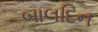
બાલદિન